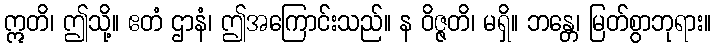
ဣတိ၊ ဤသို့။ ဧတံ ဌာနံ၊ ဤအကြောင်းသည်။ န ဝိဇ္ဇတိ၊ မရှိ။ ဘန္တေ၊ မြတ်စွာဘုရား။